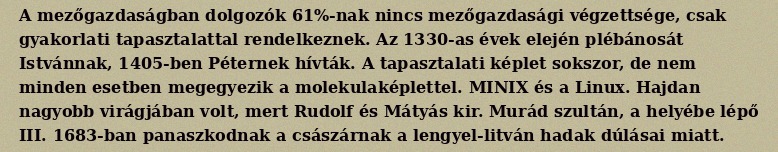
A mezőgazdaságban dolgozók 61%-nak nincs mezőgazdasági végzettsége, csak gyakorlati tapasztalattal rendelkeznek. Az 1330-as évek elején plébánosát Istvánnak, 1405-ben Péternek hívták. A tapasztalati képlet sokszor, de nem minden esetben megegyezik a molekulaképlettel. MINIX és a Linux. Hajdan nagyobb virágjában volt, mert Rudolf és Mátyás kir. Murád szultán, a helyébe lépő III. 1683-ban panaszkodnak a császárnak a lengyel-litván hadak dúlásai miatt.